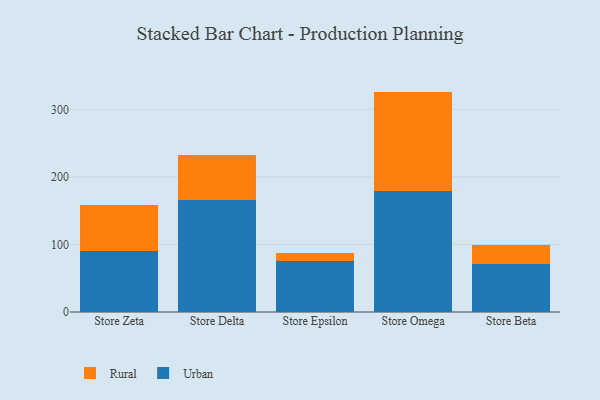
{"axis": {"x": "Store", "y": "Humidity (%)"}, "legend": ["Rural", "Urban"], "data": [{"x": "Store Zeta", "y": 90.2, "type": "Urban"}, {"x": "Store Zeta", "y": 68.3, "type": "Rural"}, {"x": "Store Delta", "y": 166.4, "type": "Urban"}, {"x": "Store Delta", "y": 66.0, "type": "Rural"}, {"x": "Store Epsilon", "y": 75.7, "type": "Urban"}, {"x": "Store Epsilon", "y": 11.8, "type": "Rural"}, {"x": "Store Omega", "y": 179.9, "type": "Urban"}, {"x": "Store Omega", "y": 146.5, "type": "Rural"}, {"x": "Store Beta", "y": 71.3, "type": "Urban"}, {"x": "Store Beta", "y": 28.2, "type": "Rural"}]}